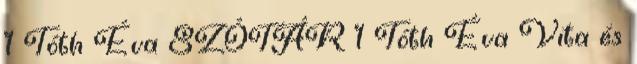
1 Tóth Éva SZÓTÁR 1 Tóth Éva Vita és